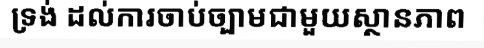
ទ្រង់ ដល់ការចាប់ច្បាមជាមួយស្ថានភាព